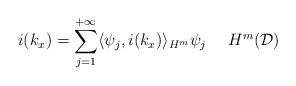
LaTeX: \begin{align*}i(k_x) = \sum_{j=1}^{+\infty} \langle \psi_j,i(k_x)\rangle_{H^m} \psi_j \ \ \ \ H^m(\mathcal{D})\end{align*}